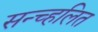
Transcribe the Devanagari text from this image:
सन्च्हलित